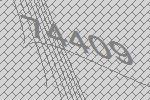
74409